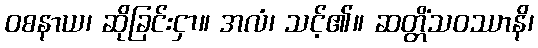
ဝစနာယ၊ ဆိုခြင်းငှာ။ အလံ၊ သင့်၏။ ဆတ္တိံသဝဿာနိ၊